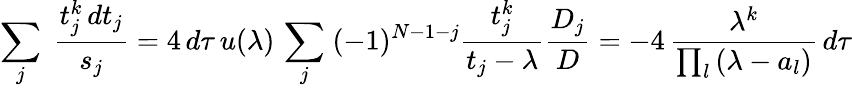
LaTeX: \sum_{j}\; {\frac{t_{j}^{k}\, dt_{j}}{s_{j}}}=4\, d\tau\, u(\lambda)\, \sum_{j}\; (-1)^{N-1-j}{\frac{t_{j}^{k}}{t_{j}-\lambda}}{\frac{D_{j}}{D}}=-4\, {\frac{\lambda^{k}}{\prod_{l}\, (\lambda-a_{l})}}\, d\tau